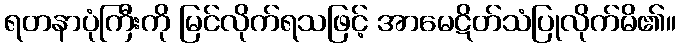
ရတနာပုံကြီးကို မြင်လိုက်ရသဖြင့် အာမေဋိတ်သံပြုလိုက်မိ၏။